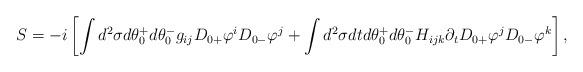
LaTeX: \begin{align*}S= -i \left[ \int d^2 \sigma d\theta_0^+ d\theta_0^- g_{ij} D_{0+}\varphi^i D_{0-}\varphi^j + \int d^2 \sigma dt d\theta_0^+ d\theta_0^-H_{ijk} \partial_t D_{0+}\varphi^j D_{0-}\varphi^k \right] ,\end{align*}